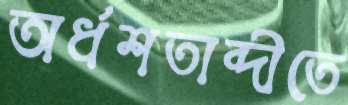
অর্ধশতাব্দীতে